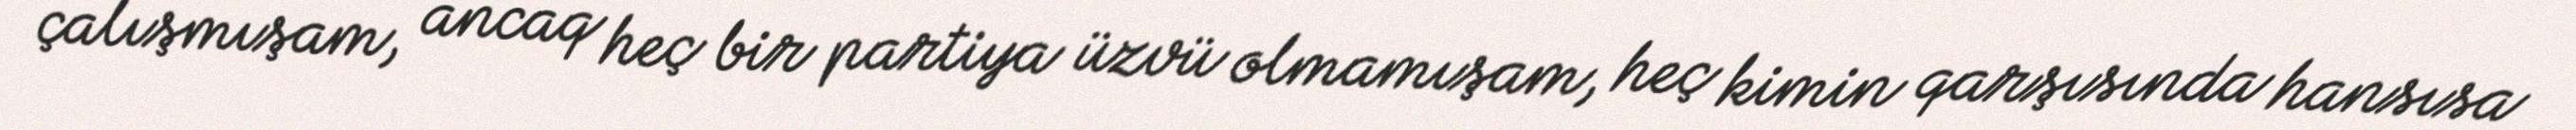
çalışmışam, ancaq heç bir partiya üzvü olmamışam, heç kimin qarşısında hansısa